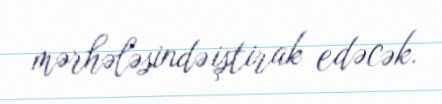
mərhələsində iştirak edəcək.